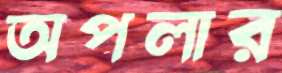
অপলার